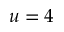
u = 4